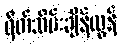
ရိတ်သိမ်းချိန်လွန်